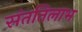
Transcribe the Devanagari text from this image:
संततिलाभ